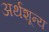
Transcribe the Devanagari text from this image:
अर्थशून्य